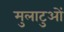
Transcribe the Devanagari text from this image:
मुलाटुओं